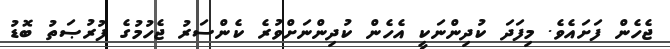
ޖެހެން ފަށައެވެ. މިފަދަ ކުދިންނަކީ އެހެން ކުދިންނަށްވުރެ ކެންސަރު ޖެހުމުގެ ފުރުޞަތު ބޮޑު